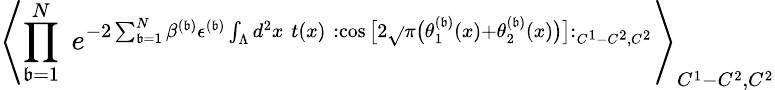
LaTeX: \left\langle\prod_{\mathfrak{b}=1}^{N}\; e^{-2\sum_{\mathfrak{b}=1}^{N}\beta^{(\mathfrak{b})}\epsilon^{(\mathfrak{b})}\int_{\Lambda}d^{2}x\; t(x)\; :\cos\big[2\sqrt{}{{\pi}}\big(\theta_{1}^{(\mathfrak{b})}(x)+\theta_{2}^{(\mathfrak{b})}(x)\big)\big]:_{C^{1}-C^{2},C^{2}}}\right\rangle_{C^{1}-C^{2},C^{2}}